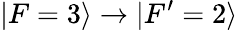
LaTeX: \vert F=3\rangle\rightarrow\vert F^{\prime}=2\rangle